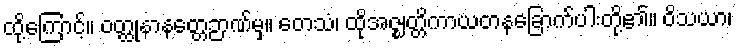
ထို့ကြောင့်။ ဝတ္ထုနာနတ္တေဉာဏ်မှ။ တေသံ၊ ထိုအဇ္ဈတ္တိကာယတနခြောက်ပါးတို့၏။ ဝိသယာ၊